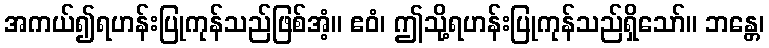
အကယ်၍ရဟန်းပြုကုန်သည်ဖြစ်အံ့။ ဧဝံ၊ ဤသို့ရဟန်းပြုကုန်သည်ရှိသော်။ ဘန္တေ၊